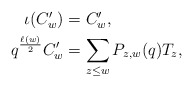
\begin{align*} \begin{aligned} \iota(C'_w)&=C'_w,\\ q^{\frac{\ell(w)}{2}}C'_w&=\sum_{z\leq w}P_{z,w}(q)T_z, \end{aligned} \end{align*}